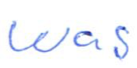
Text: was
Cross-out: clean
Writing tool: ballpoint